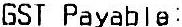
GST PAYABLE: